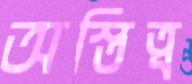
অস্তিত্ব